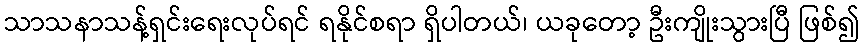
သာသနာသန့်ရှင်းရေးလုပ်ရင် ရနိုင်စရာ ရှိပါတယ်၊ ယခုတော့ ဦးကျိုးသွားပြီ ဖြစ်၍